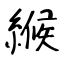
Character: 緱